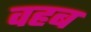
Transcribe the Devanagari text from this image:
वहब